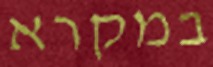
במקרא